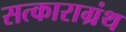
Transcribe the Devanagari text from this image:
सत्काराग्रंथ